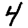
Digit: 4